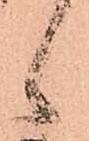
候